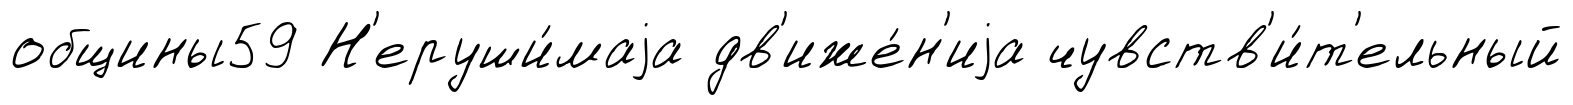
общины59 Н'еруши́маjа дв'иже́н'иjа чувств'и́т'ельный